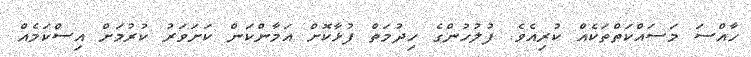
ހާއްސަ މަސައްކަތްތަކެއް ކުރިއެވެ. ފުލުހުންގެ ހިދުމަތް ފުޅާކޮށް އަމާންކަން ކަށަވަރު ކުރުމަށް އިސްކަމެއް